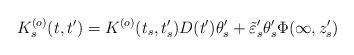
LaTeX: \begin{align*}K_s^{(o)}(t,t')=K^{(o)}(t_s,t_s')D(t')\theta_s'+ \tilde\varepsilon_s'\theta_s'\Phi(\infty,z_s')\end{align*}